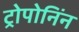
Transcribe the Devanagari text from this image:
ट्रोपोनिंन